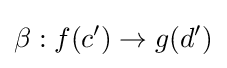
\beta :f(c')\to g(d')